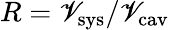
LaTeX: R=\mathscr{V}_{\mathrm{{sys}}}/\mathscr{V}_{\mathrm{{cav}}}